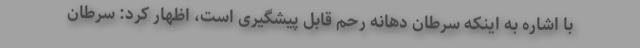
با اشاره به اینکه سرطان دهانه رحم قابل پیشگیری است، اظهار کرد: سرطان